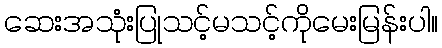
ဆေးအသုံးပြုသင့်မသင့်ကိုမေးမြန်းပါ။